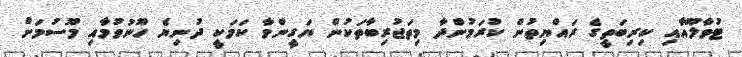
ޓުވާލޫއާއި ކިރިބަތީގެ ރައްޔިތުން ކުރަމުންދާ މިތަޖުރިބާތަކުން ޔަގީންވާ ކަމަކީ ދުނިޔެ ހޫނުވުމާއި މޫސުމަށް